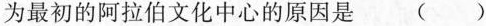
为最初的阿拉伯文化中心的原因是 （）